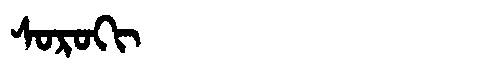
Manchu: ᠰᠣᡵᠣᡴᡳ
Romanization: SOROKI